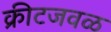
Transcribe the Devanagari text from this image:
क्रीटजवळ